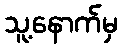
သူ့နောက်မှ